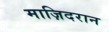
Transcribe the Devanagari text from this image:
माज़िदरान